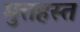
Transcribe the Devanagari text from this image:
मुत्तहस्त